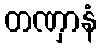
တဏှာနံ